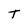
Character: T